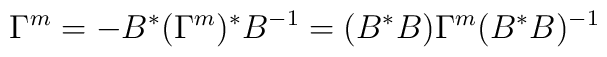
\Gamma^{m}=-B^{*}(\Gamma^{m})^{*}B^{-1}=(B^{*}B)\Gamma^{m}(B^{*}B)^{-1}